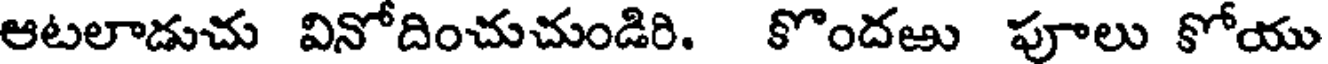
ఆటలాడుచు వినోదించుచుండిరి. కొందఱు పూలు కోయు